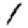
Digit: 1